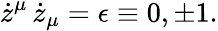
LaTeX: \dot{z}^{\mu}\, \dot{z}_{\mu}=\epsilon\equiv 0,\pm 1.